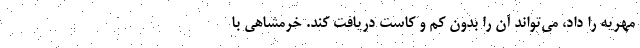
مهریه را داد، می‌تواند آن را بدون کم و کاست دریافت کند. خرمشاهی با